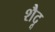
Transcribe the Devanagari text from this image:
शैदू